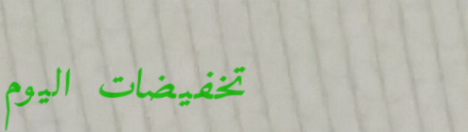
تخفيضات اليوم